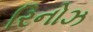
રિનોઝ